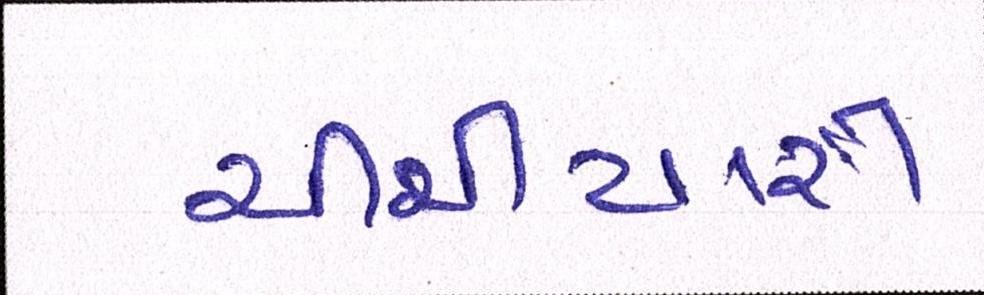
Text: ચીચીયારી